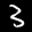
Label: 3